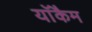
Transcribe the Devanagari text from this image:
याॅकैम